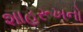
શાહરૂખનો